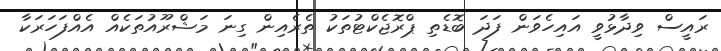
ރައީސް ވިދާޅުވީ އައިހެވަން ފަދަ ބޮޑެތި ޕްރޮޖެކްޓުތަކު ތެރެއިން ގިނަ މަޝްރޫއުތަކެއް އެއްފަހަރަކާ